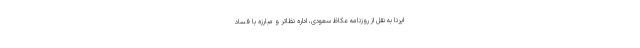
ایرنا به نقل از روزنامه عکاظ سعودی، اداره نظاتر و مبارزه با فساد